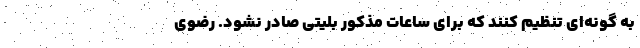
به‌ گونه‌ای تنظیم کنند که برای ساعات مذکور بلیتی صادر نشود. رضوی